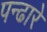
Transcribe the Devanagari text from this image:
पन्ढारे